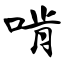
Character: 啃